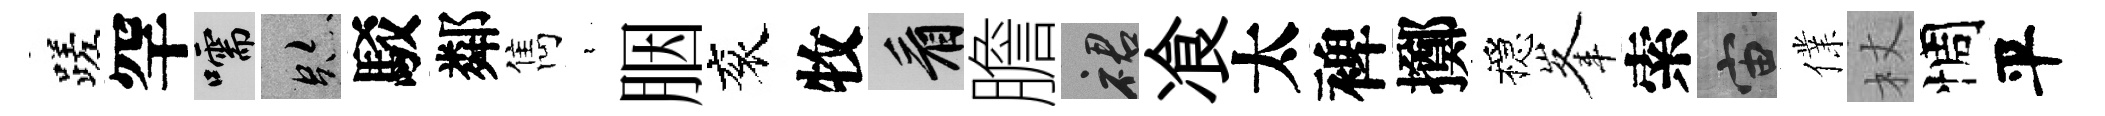
蹉罕嚅跡駁鄰雋裊胭衮牧看膽裙飡太裨擲穩峯索宙㒒杖惆平